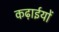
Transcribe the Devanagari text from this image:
कढ़ाईयों